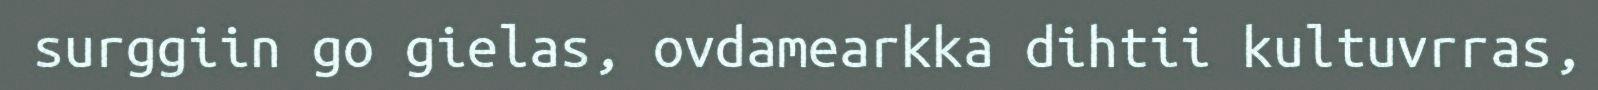
surggiin go gielas, ovdamearkka dihtii kultuvrras,